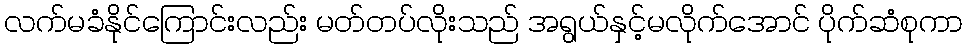
လက်မခံနိုင်ကြောင်းလည်း မတ်တပ်လိုးသည် အရွယ်နှင့်မလိုက်အောင် ပိုက်ဆံစုကာ